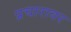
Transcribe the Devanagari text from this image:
प्रचारावर